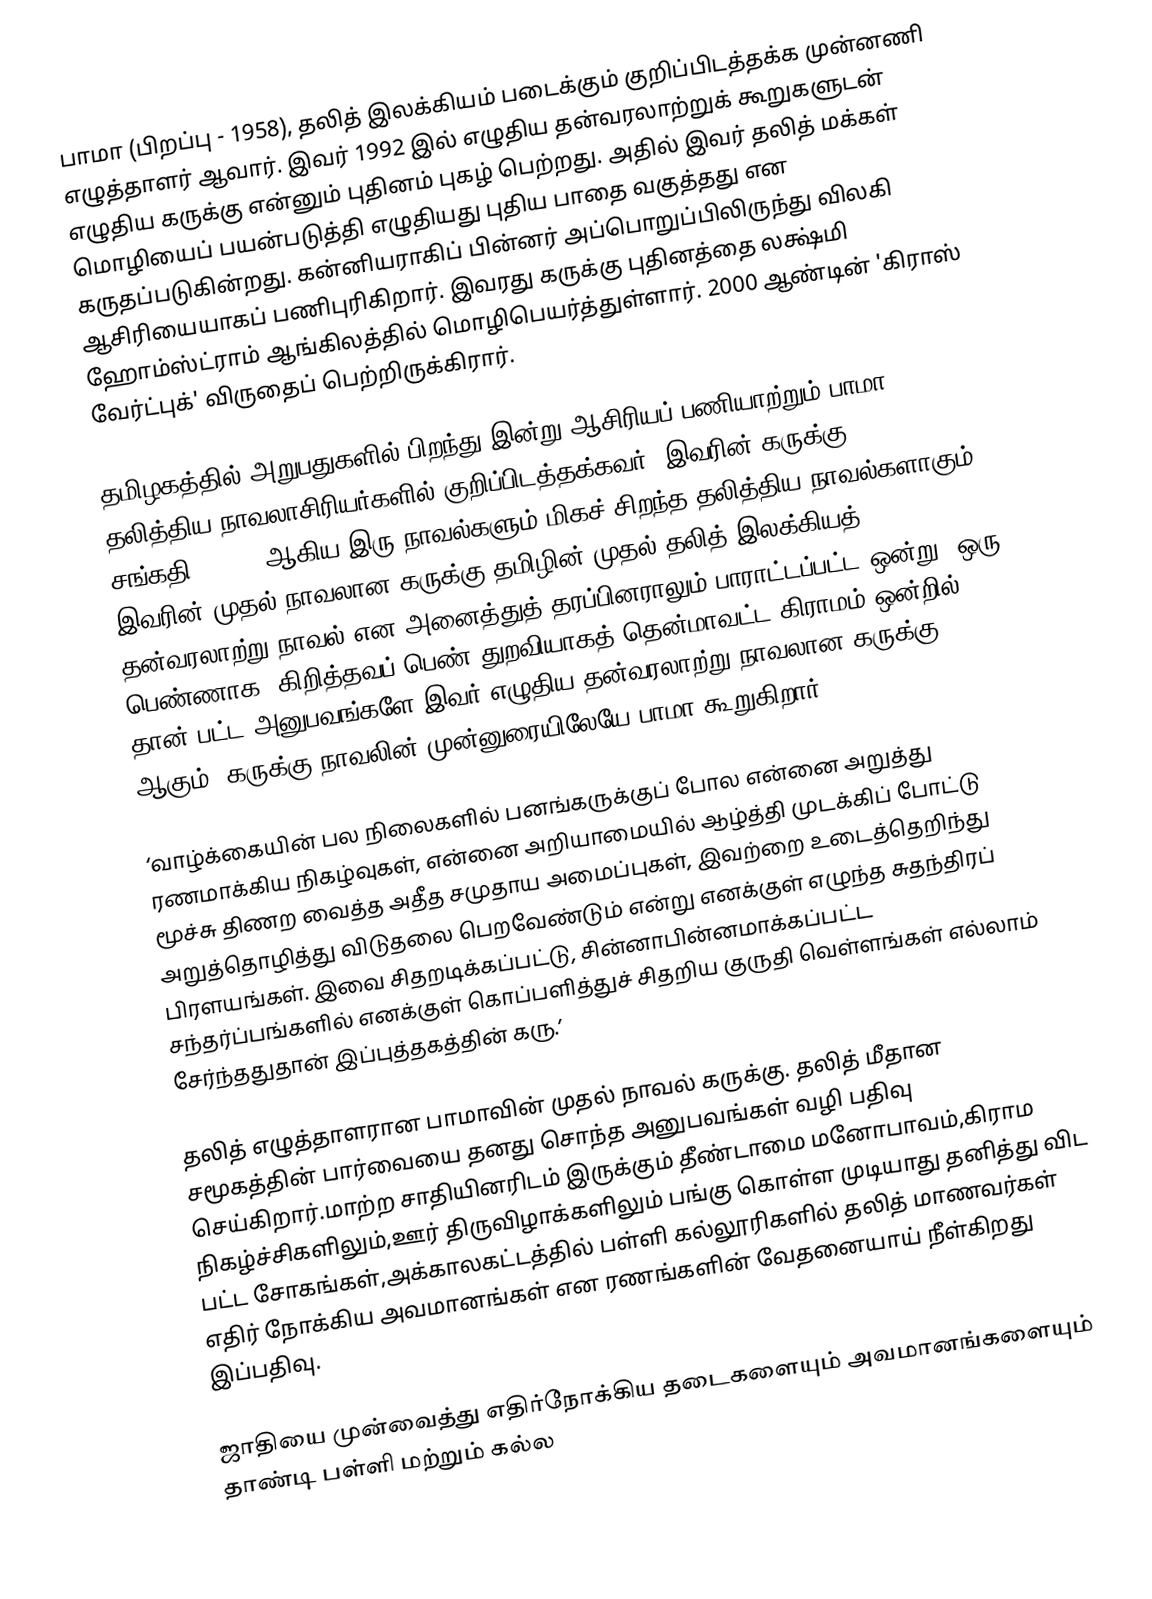
பாமா (பிறப்பு - 1958), தலித் இலக்கியம் படைக்கும் குறிப்பிடத்தக்க முன்னணி எழுத்தாளர் ஆவார். இவர் 1992 இல் எழுதிய தன்வரலாற்றுக் கூறுகளுடன் எழுதிய கருக்கு என்னும் புதினம் புகழ் பெற்றது. அதில் இவர் தலித் மக்கள் மொழியைப் பயன்படுத்தி எழுதியது புதிய பாதை வகுத்தது என கருதப்படுகின்றது. கன்னியராகிப் பின்னர் அப்பொறுப்பிலிருந்து விலகி ஆசிரியையாகப் பணிபுரிகிறார். இவரது கருக்கு புதினத்தை லக்ஷ்மி ஹோம்ஸ்ட்ராம் ஆங்கிலத்தில் மொழிபெயர்த்துள்ளார். 2000 ஆண்டின் 'கிராஸ் வேர்ட்புக்' விருதைப் பெற்றிருக்கிரார்.

தமிழகத்தில் அறுபதுகளில் பிறந்து இன்று ஆசிரியப்            பணியாற்றும்  பாமா தலித்திய நாவலாசிரியர்களில்            குறிப்பிடத்தக்கவர். இவரின் கருக்கு(1992), சங்கதி (1994) ஆகிய            இரு நாவல்களும் மிகச் சிறந்த தலித்திய நாவல்களாகும்.            இவரின் முதல் நாவலான கருக்கு தமிழின் முதல் தலித்            இலக்கியத் தன்வரலாற்று நாவல் என அனைத்துத்            தரப்பினராலும் பாராட்டப்பட்ட ஒன்று. ஒரு பெண்ணாக,            கிறித்தவப் பெண் துறவியாகத் தென்மாவட்ட கிராமம்            ஒன்றில் தான் பட்ட அனுபவங்களே இவர் எழுதிய தன்வரலாற்று           நாவலான கருக்கு ஆகும். கருக்கு நாவலின்            முன்னுரையிலேயே பாமா கூறுகிறார்:

‘வாழ்க்கையின் பல நிலைகளில் பனங்கருக்குப்  போல என்னை அறுத்து ரணமாக்கிய நிகழ்வுகள், என்னை அறியாமையில் ஆழ்த்தி முடக்கிப் போட்டு மூச்சு திணற வைத்த அதீத சமுதாய அமைப்புகள், இவற்றை உடைத்தெறிந்து அறுத்தொழித்து விடுதலை பெறவேண்டும் என்று எனக்குள் எழுந்த சுதந்திரப் பிரளயங்கள். இவை சிதறடிக்கப்பட்டு, சின்னாபின்னமாக்கப்பட்ட சந்தர்ப்பங்களில் எனக்குள் கொப்பளித்துச் சிதறிய குருதி வெள்ளங்கள் எல்லாம் சேர்ந்ததுதான் இப்புத்தகத்தின் கரு.’

தலித் எழுத்தாளரான பாமாவின் முதல் நாவல் கருக்கு. தலித் மீதான சமூகத்தின் பார்வையை தனது சொந்த அனுபவங்கள் வழி பதிவு செய்கிறார்.மாற்ற சாதியினரிடம் இருக்கும் தீண்டாமை மனோபாவம்,கிராம நிகழ்ச்சிகளிலும்,ஊர் திருவிழாக்களிலும் பங்கு கொள்ள முடியாது தனித்து விட பட்ட சோகங்கள்,அக்காலகட்டத்தில் பள்ளி கல்லூரிகளில் தலித் மாணவர்கள் எதிர் நோக்கிய அவமானங்கள் என ரணங்களின் வேதனையாய் நீள்கிறது இப்பதிவு.

ஜாதியை முன்வைத்து எதிர்நோக்கிய தடைகளையும் அவமானங்களையும் தாண்டி பள்ளி மற்றும் கல்ல